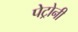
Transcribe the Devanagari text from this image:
पेट्रोनी